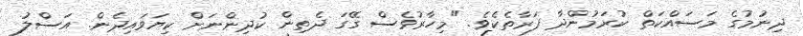
ދިނުމުގެ މަސައްކަތް ކުރަމުންދާ ފަރާތެކެވެ. "މިހާރުވެސް ގޭގަ ދެތިން ކުދިންނަށް ކިޔަވައިދެން. އަސްލު